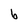
Character: b